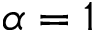
\alpha = 1